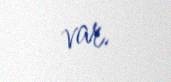
var.